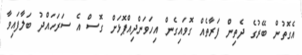
އެގޮތުން ބޭރުގެ ދެތިން ފަރާތެއް ގޮވައިގެން އިހަވަންދިއްޕޮޅަށް ގޮސް އެ ސަރަހައްދު ބަލާފައިވާ